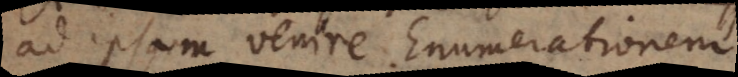
ad ipsam venire Enumerationem.